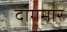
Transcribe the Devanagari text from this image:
दागमार